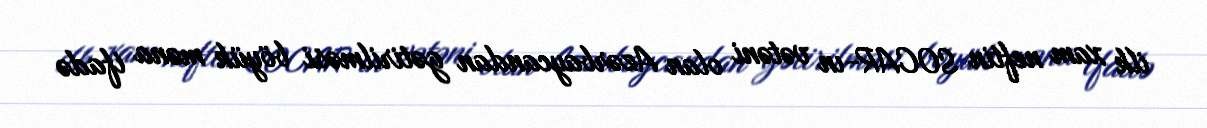
ilk xam neftin SOCAR-ın vətəni olan Azərbaycandan gətirilməsi böyük məna ifadə